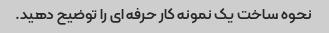
نحوه ساخت یک نمونه کار حرفه ای را توضیح دهید.